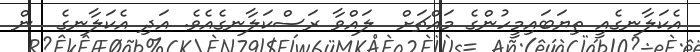
އެކަލާނގެއީ ތިޔަބައިމީހުންގެ މައްޗަށް  ލައްވާ ރަސްކަލާނގެއެވެ. އަދި އެކަލާނގެ  ން